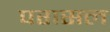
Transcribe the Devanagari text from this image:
परासल